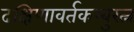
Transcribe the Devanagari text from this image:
दक्षिणावर्तकम्बुरत्न